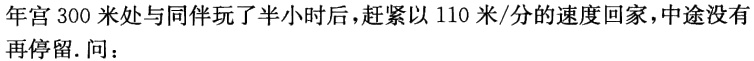
年宫300米处与同伴玩了半小时后，赶紧以110米/分的速度回家，中途没有再停留.问：